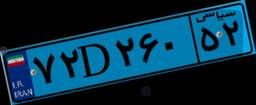
۷۲D۲۶۰۵۲